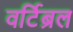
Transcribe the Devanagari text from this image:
वर्टिब्रल